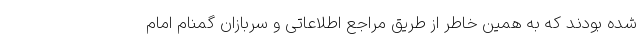
شده بودند که به همین خاطر از طریق مراجع اطلاعاتی و سربازان گمنام امام